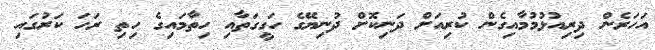
އަހަރެން ދިރިއުޅުމުމާއިގެން ކުރިއަށް ދަނިކޮށް ދުނިޔޭގެ ހަގީގަތާއި ހިތާމައިގެ ހިތި ރަހަ ކަރުގައި